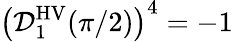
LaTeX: \left(\mathcal{D}_{1}^{\mathrm{HV}}(\pi/2)\right)^{4}=-1